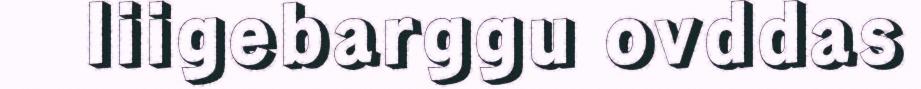
liigebarggu ovddas